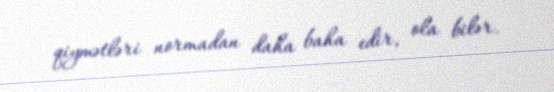
qiymətləri normadan daha baha edir, ola bilər.